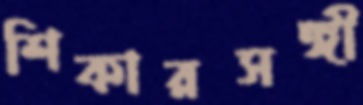
শিকারসঙ্গী